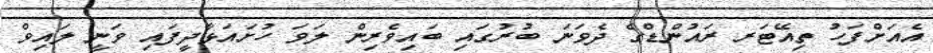
އެއަށްފަހު ތިއޭޓަރ ރައުންޑްގެ ދެވަނަ ބުރުގައި ބައިވެރިން ލަވަ ހުށައަޅާދީފައި ވަނީ ލައިވް